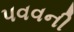
પવવની